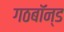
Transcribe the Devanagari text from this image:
गठबॉन्ड